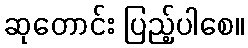
ဆုတောင်း ပြည့်ပါစေ။